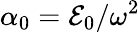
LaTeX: {\alpha_{0}}={\cal E}_{0}/\omega^{2}